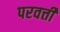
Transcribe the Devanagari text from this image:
परवर्त्ती